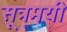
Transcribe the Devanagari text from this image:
सूत्रमयी